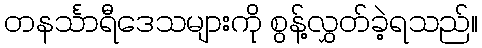
တနင်္သာရီဒေသများကို စွန့်လွှတ်ခဲ့ရသည်။